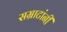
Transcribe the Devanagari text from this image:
सम्राटांनीं